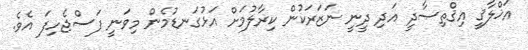
އަޚްލާޤީ އިޤްތިޞާދީ އަދި ދީނީ ނަޒަރަކުން ކިރާލުމަށް އަޅުގަނޑުމެން މިވަނީ ފަސްޖެހިފަ އެވެ.